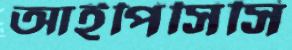
আইপিসিসি